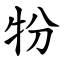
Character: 㸮